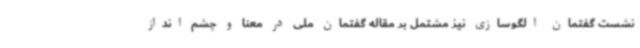
نشست گفتمان الگوسازی نیز مشتمل بر مقاله گفتمان ملی در معنا و چشم انداز